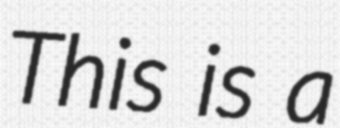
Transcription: This is a